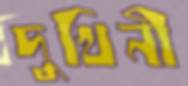
দুখিনী